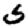
Digit: 5